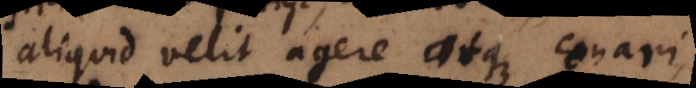
aliquid velit agere atque conari,